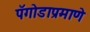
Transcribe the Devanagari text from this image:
पॅगोडाप्रमाणे